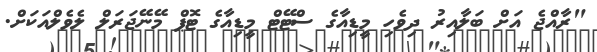
"ރާއްޖެ އަށް ބަލާއިރު ދިވެހި މީޑިއާގެ ސްޓޭޓް މީޑިއާގެ ޓޮޕް މޭނޭޖަރަލް ލެވެލްއަކަށް.